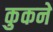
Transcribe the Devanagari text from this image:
कुकने